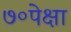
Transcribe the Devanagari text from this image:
७०पेक्षा